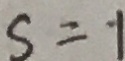
S = 1